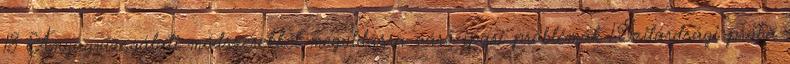
18 Anyagvizsgálati módszerekkel megoldásra váró ipari problémák 1.Szilárdsági próba